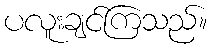
ပလူးချင်ကြသည်။